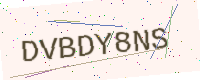
Text: DVBDY8NS